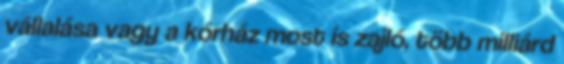
vállalása vagy a kórház most is zajló, több milliárd